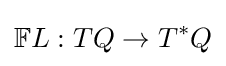
\mathbb {F} L:TQ\rightarrow T^{*}Q